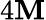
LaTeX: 4\mathbf{M}